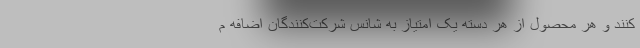
کنند و هر محصول از هر دسته یک امتیاز به شانس شرکت‌کنندگان اضافه م